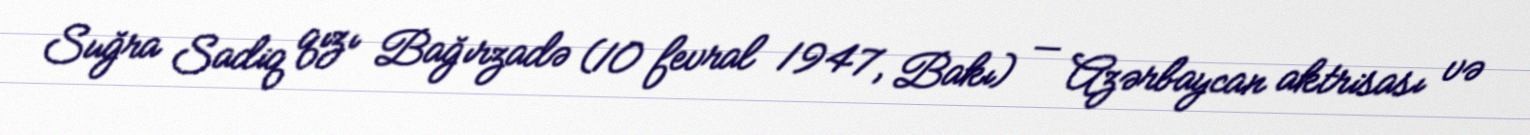
Suğra Sadiq qızı Bağırzadə (10 fevral 1947, Bakı) — Azərbaycan aktrisası və